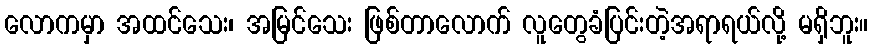
လောကမှာ အထင်သေး၊ အမြင်သေး ဖြစ်တာလောက် လူတွေခံပြင်းတဲ့အရာရယ်လို့ မရှိဘူး။